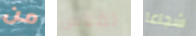
من لقياس شجاعا